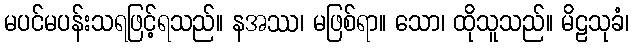
မပင်မပန်းသရဖြင့်ရသည်။ နအဿ၊ မဖြစ်ရာ။ သော၊ ထိုသူသည်။ မိဠသုခံ၊